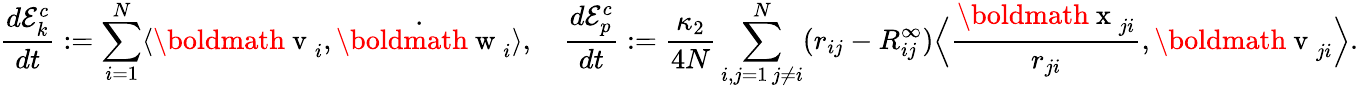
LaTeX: \frac{d\mathcal{E}_{k}^{c}}{dt}:=\sum_{i=1}^{N}\langle\mathrm{\boldmath~v~}_{i},\dot{\mathrm{\boldmath~w~}}_{i}\rangle,\quad\frac{d\mathcal{E}_{p}^{c}}{dt}:=\frac{\kappa_{2}}{4N}\sum_{\substack{i,j=1\, j\neq i}}^{N}(r_{ij}-R_{ij}^{\infty})\Big\langle\frac{\mathrm{\boldmath~x~}_{ji}}{r_{ji}},\mathrm{\boldmath~v~}_{ji}\Big\rangle.